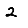
Digit: 2